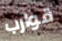
قوارب